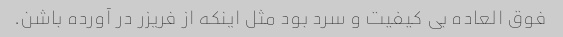
فوق العاده بی کیفیت و سرد بود مثل اینکه از فریزر در آورده باشن.